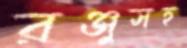
রঞ্জুসহ